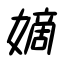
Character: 嫡